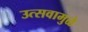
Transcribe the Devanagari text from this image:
उत्सवामुळे